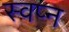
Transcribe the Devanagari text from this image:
स्वप्‍न